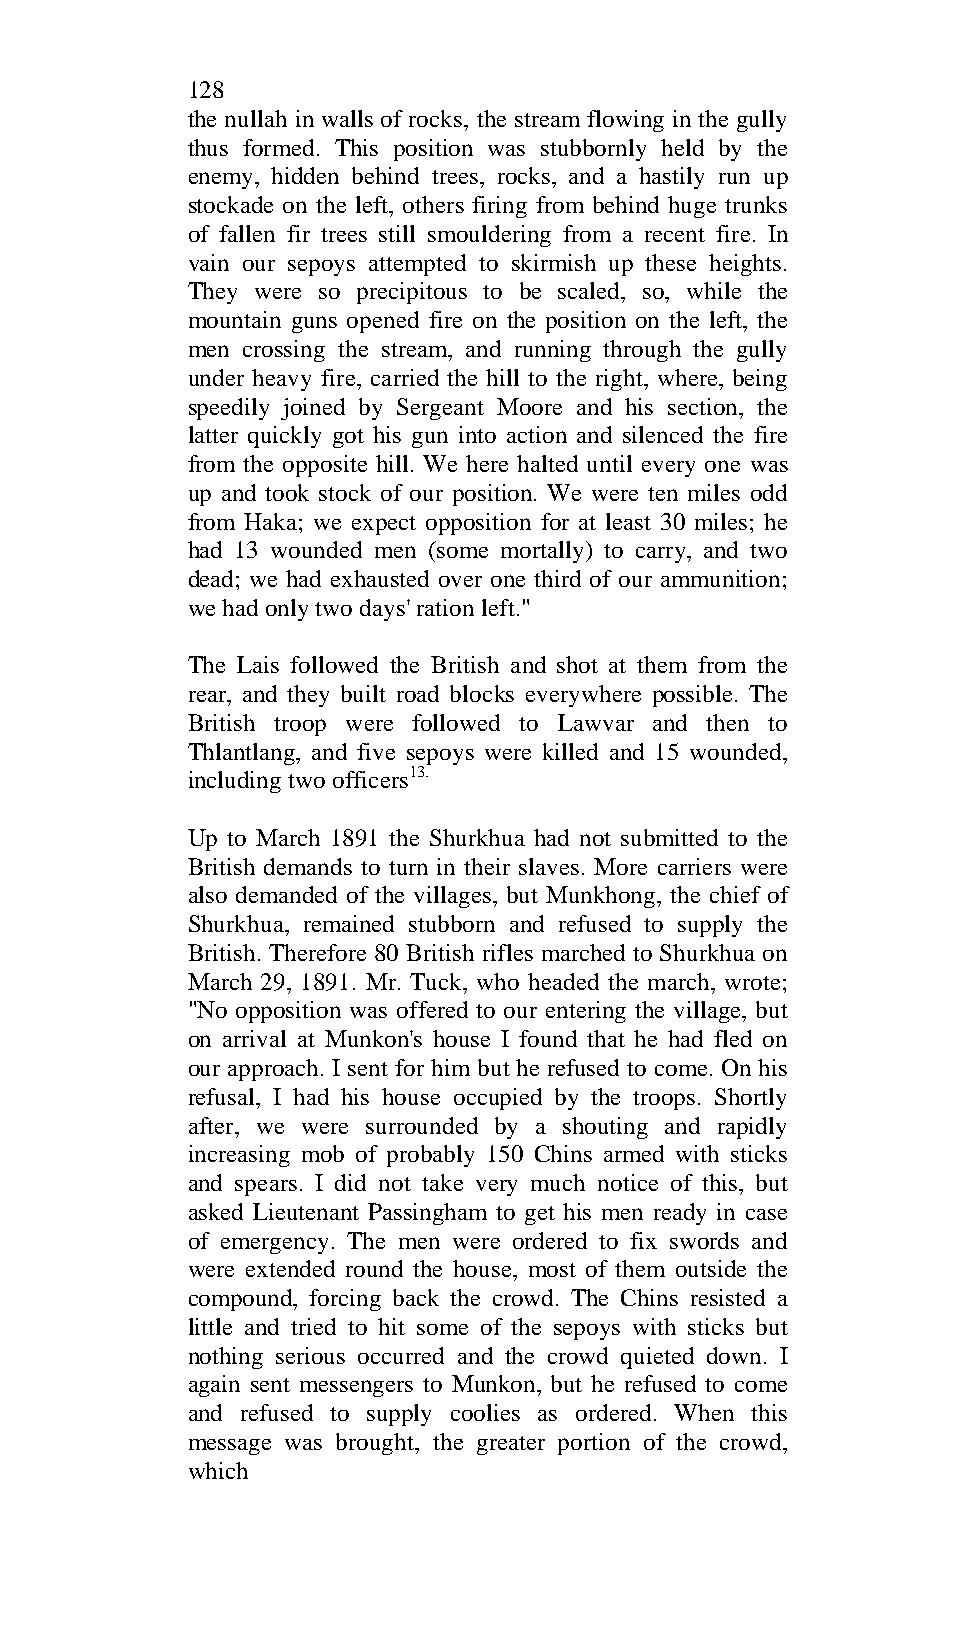
128
 the nullah in walls of rocks, the stream flowing in the gully
 thus formed. This position was stubbornly held by the
 enemy, hidden behind trees, rocks, and a hastily run up
 stockade on the left, others firing from behind huge trunks
 of fallen fir trees still smouldering from a recent fire. In
 vain our sepoys attempted to skirmish up these heights.
 They were so precipitous to be scaled, so, while the
 mountain guns opened fire on the position on the left, the
 men crossing the stream, and running through the gully
 under heavy fire, carried the hill to the right, where, being
 speedily joined by Sergeant Moore and his section, the
 latter quickly got his gun into action and silenced the fire
 from the opposite hill. We here halted until every one was
 up and took stock of our position. We were ten miles odd
 from Haka; we expect opposition for at least 30 miles; he
 had 13 wounded men (some mortally) to carry, and two
 dead; we had exhausted over one third of our ammunition;
 we had only two days' ration left."
 The Lais followed the British and shot at them from the
 rear, and they built road blocks everywhere possible. The
 British troop were followed to Lawvar and then to
 Thlantlang, and five sepoys were killed and 15 wounded,
 including two officers13.
 Up to March 1891 the Shurkhua had not submitted to the
 British demands to turn in their slaves. More carriers were
 also demanded of the villages, but Munkhong, the chief of
 Shurkhua, remained stubborn and refused to supply the
 British. Therefore 80 British rifles marched to Shurkhua on
 March 29, 1891. Mr. Tuck, who headed the march, wrote;
 "No opposition was offered to our entering the village, but
 on arrival at Munkon's house I found that he had fled on
 our approach. I sent for him but he refused to come. On his
 refusal, I had his house occupied by the troops. Shortly
 after, we were surrounded by a shouting and rapidly
 increasing mob of probably 150 Chins armed with sticks
 and spears. I did not take very much notice of this, but
 asked Lieutenant Passingham to get his men ready in case
 of emergency. The men were ordered to fix swords and
 were extended round the house, most of them outside the
 compound, forcing back the crowd. The Chins resisted a
 little and tried to hit some of the sepoys with sticks but
 nothing serious occurred and the crowd quieted down. I
 again sent messengers to Munkon, but he refused to come
 and refused to supply coolies as ordered. When this
 message was brought, the greater portion of the crowd,
 which